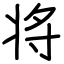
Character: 将